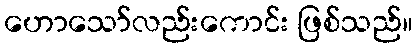
ဟောသော်လည်းကောင်း ဖြစ်သည်။